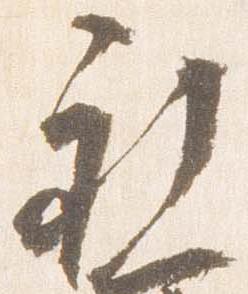
祈